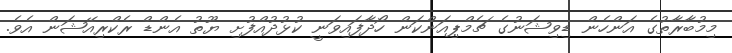
މިމުބާރާތުގެ އަންހެން ޑިވިޝަނުގެ ޗެމްޕިއަންކަން ހޯދާފައިވަނީ ކުޅުދުއްފުށި ޔޫތު އެންޑް ރެކްރިއޭޝަން އެވެ.